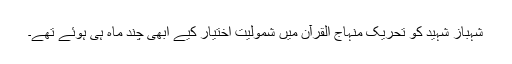
شہباز شہید کو تحریک منہاج القرآن میں شمولیت اختیار کیے ابھی چند ماہ ہی ہوئے تھے۔